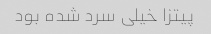
پیتزا خیلی سرد شده بود